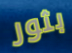
بثور